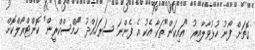
ގޮތަށް ފޯނު ހުޅުވާލާއިރު "އައިކަން"ތަކާ އެކު އެ ފެންނަ ސަރަހައްދު "ހޯމްސްކްރީން" ކޮންޓްރޯލްކޮށް